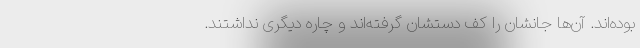
بوده‌اند. آن‌ها جانشان را کف دستشان گرفته‌اند و چاره دیگری نداشتند.